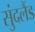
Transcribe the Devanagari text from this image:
सुंदलैंड